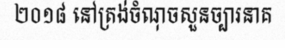
២០១៨ នៅត្រង់ចំណុចសួនច្បារនាគ